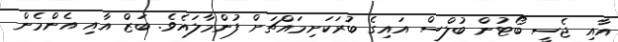
އާއި ޖެސީ ބޯޓުން ބުލްސް އައިގެ ބުރަކަށިމައްޗަށް ފުންމާލައެވެ. ބަޒް އާއި އެންމެން